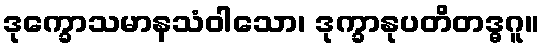
ဒုက္ခောသမာနသံဝါသော၊ ဒုက္ခာနုပတိတဒ္ဓဂူ။